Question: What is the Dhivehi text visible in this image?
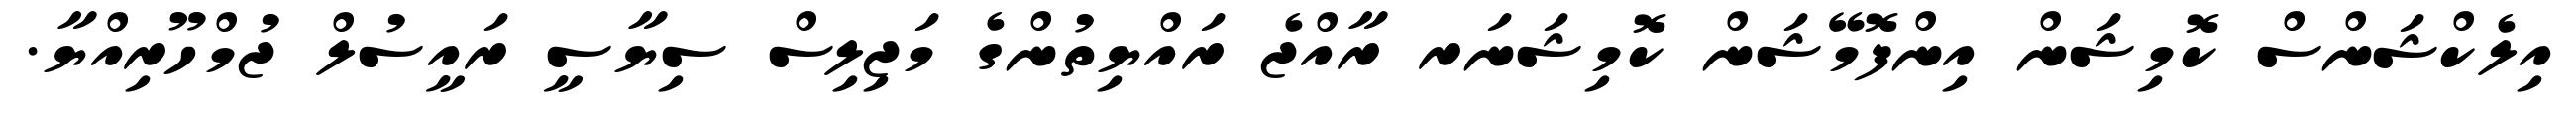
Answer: އިލެކްޝަންސް ކޮމިޝަން އިންފޮމޭޝަން ކޮމިޝަނަރ ރާއްޖެ ރައްޔިތުންގެ މަޖިލިސް ސިޔާސީ ރައީސުލް ޖުމްހޫރިއްޔާ.